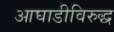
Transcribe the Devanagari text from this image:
आघाडीविरुद्ध